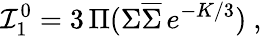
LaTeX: {\cal I}_{1}^{0}=3\, \Pi(\Sigma\overline{{{\Sigma}}}\, e^{-K/3})\ ,